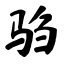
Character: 驺